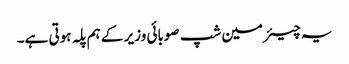
یہ چیئرمین شپ صوبائی وزیر کے ہم پلہ ہوتی ہے۔